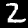
Digit: 2